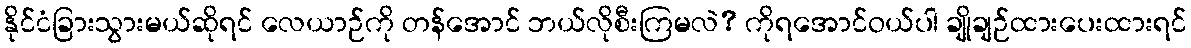
နိုင်ငံခြားသွားမယ်ဆိုရင် လေယာဉ်ကို တန်အောင် ဘယ်လိုစီးကြမလဲ? ကိုရအောင်ဝယ်ပါ ချိုချဉ်ထားပေးထားရင်